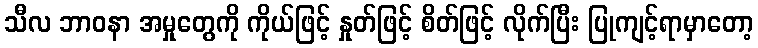
သီလ ဘာဝနာ အမှုတွေကို ကိုယ်ဖြင့် နှုတ်ဖြင့် စိတ်ဖြင့် လိုက်ပြီး ပြုကျင့်ရာမှာတော့